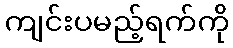
ကျင်းပမည့်ရက်ကို